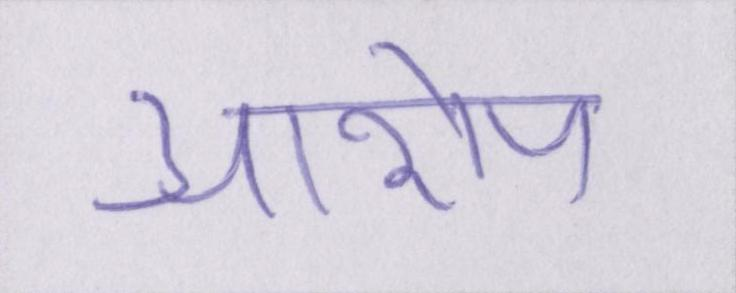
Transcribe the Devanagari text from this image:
आरोप